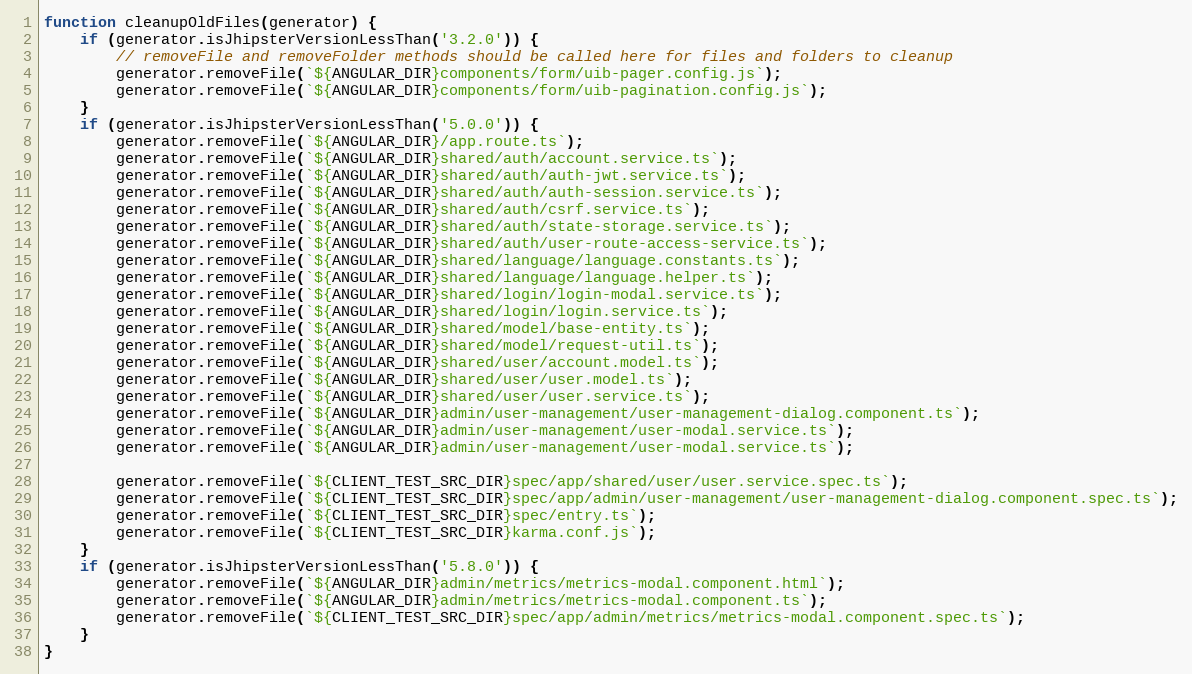
Language: JavaScript
function cleanupOldFiles(generator) {
    if (generator.isJhipsterVersionLessThan('3.2.0')) {
        // removeFile and removeFolder methods should be called here for files and folders to cleanup
        generator.removeFile(`${ANGULAR_DIR}components/form/uib-pager.config.js`);
        generator.removeFile(`${ANGULAR_DIR}components/form/uib-pagination.config.js`);
    }
    if (generator.isJhipsterVersionLessThan('5.0.0')) {
        generator.removeFile(`${ANGULAR_DIR}/app.route.ts`);
        generator.removeFile(`${ANGULAR_DIR}shared/auth/account.service.ts`);
        generator.removeFile(`${ANGULAR_DIR}shared/auth/auth-jwt.service.ts`);
        generator.removeFile(`${ANGULAR_DIR}shared/auth/auth-session.service.ts`);
        generator.removeFile(`${ANGULAR_DIR}shared/auth/csrf.service.ts`);
        generator.removeFile(`${ANGULAR_DIR}shared/auth/state-storage.service.ts`);
        generator.removeFile(`${ANGULAR_DIR}shared/auth/user-route-access-service.ts`);
        generator.removeFile(`${ANGULAR_DIR}shared/language/language.constants.ts`);
        generator.removeFile(`${ANGULAR_DIR}shared/language/language.helper.ts`);
        generator.removeFile(`${ANGULAR_DIR}shared/login/login-modal.service.ts`);
        generator.removeFile(`${ANGULAR_DIR}shared/login/login.service.ts`);
        generator.removeFile(`${ANGULAR_DIR}shared/model/base-entity.ts`);
        generator.removeFile(`${ANGULAR_DIR}shared/model/request-util.ts`);
        generator.removeFile(`${ANGULAR_DIR}shared/user/account.model.ts`);
        generator.removeFile(`${ANGULAR_DIR}shared/user/user.model.ts`);
        generator.removeFile(`${ANGULAR_DIR}shared/user/user.service.ts`);
        generator.removeFile(`${ANGULAR_DIR}admin/user-management/user-management-dialog.component.ts`);
        generator.removeFile(`${ANGULAR_DIR}admin/user-management/user-modal.service.ts`);
        generator.removeFile(`${ANGULAR_DIR}admin/user-management/user-modal.service.ts`);

        generator.removeFile(`${CLIENT_TEST_SRC_DIR}spec/app/shared/user/user.service.spec.ts`);
        generator.removeFile(`${CLIENT_TEST_SRC_DIR}spec/app/admin/user-management/user-management-dialog.component.spec.ts`);
        generator.removeFile(`${CLIENT_TEST_SRC_DIR}spec/entry.ts`);
        generator.removeFile(`${CLIENT_TEST_SRC_DIR}karma.conf.js`);
    }
    if (generator.isJhipsterVersionLessThan('5.8.0')) {
        generator.removeFile(`${ANGULAR_DIR}admin/metrics/metrics-modal.component.html`);
        generator.removeFile(`${ANGULAR_DIR}admin/metrics/metrics-modal.component.ts`);
        generator.removeFile(`${CLIENT_TEST_SRC_DIR}spec/app/admin/metrics/metrics-modal.component.spec.ts`);
    }
}